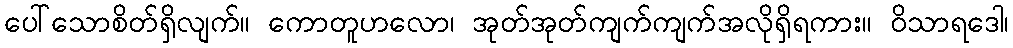
ပေါ်သောစိတ်ရှိလျက်။ ကောတူဟလော၊ အုတ်အုတ်ကျက်ကျက်အလိုရှိရကား။ ဝိသာရဒေါ၊